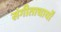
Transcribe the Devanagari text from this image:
संगीताचार्यों